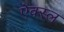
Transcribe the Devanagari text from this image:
ऐक्स्ल